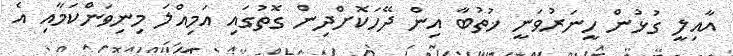
އާއިލީ ގުޅުން ހީނަރުވަނީ ޚުތުބާ އިން ދޭހަކޮށްދިން ގޮތުގައި އަމިއްލަ މިނިވަންކަމާއި އެ